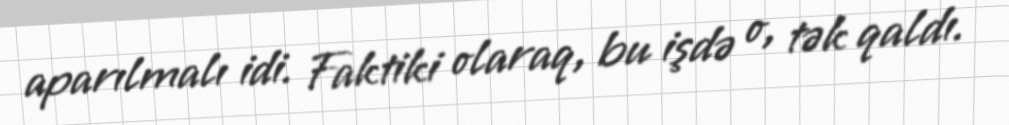
aparılmalı idi. Faktiki olaraq, bu işdə o, tək qaldı.